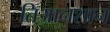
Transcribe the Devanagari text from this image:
तिआनशान